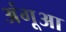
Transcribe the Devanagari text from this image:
अंगूआ